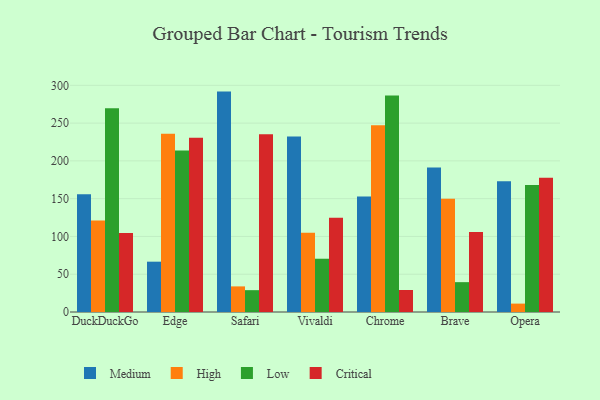
{"axis": {"x": "Browser", "y": "Tickets Resolved"}, "legend": ["Critical", "High", "Low", "Medium"], "data": [{"x": "DuckDuckGo", "y": 155.8, "type": "Medium"}, {"x": "DuckDuckGo", "y": 121.1, "type": "High"}, {"x": "DuckDuckGo", "y": 269.5, "type": "Low"}, {"x": "DuckDuckGo", "y": 104.5, "type": "Critical"}, {"x": "Edge", "y": 66.6, "type": "Medium"}, {"x": "Edge", "y": 235.9, "type": "High"}, {"x": "Edge", "y": 213.8, "type": "Low"}, {"x": "Edge", "y": 230.7, "type": "Critical"}, {"x": "Safari", "y": 291.7, "type": "Medium"}, {"x": "Safari", "y": 33.9, "type": "High"}, {"x": "Safari", "y": 28.9, "type": "Low"}, {"x": "Safari", "y": 235.1, "type": "Critical"}, {"x": "Vivaldi", "y": 232.2, "type": "Medium"}, {"x": "Vivaldi", "y": 104.8, "type": "High"}, {"x": "Vivaldi", "y": 70.5, "type": "Low"}, {"x": "Vivaldi", "y": 124.8, "type": "Critical"}, {"x": "Chrome", "y": 152.9, "type": "Medium"}, {"x": "Chrome", "y": 247.1, "type": "High"}, {"x": "Chrome", "y": 286.4, "type": "Low"}, {"x": "Chrome", "y": 29.1, "type": "Critical"}, {"x": "Brave", "y": 191.2, "type": "Medium"}, {"x": "Brave", "y": 149.9, "type": "High"}, {"x": "Brave", "y": 39.5, "type": "Low"}, {"x": "Brave", "y": 106.0, "type": "Critical"}, {"x": "Opera", "y": 173.1, "type": "Medium"}, {"x": "Opera", "y": 11.1, "type": "High"}, {"x": "Opera", "y": 168.0, "type": "Low"}, {"x": "Opera", "y": 177.6, "type": "Critical"}]}